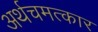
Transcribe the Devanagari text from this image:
अर्थचमत्कार